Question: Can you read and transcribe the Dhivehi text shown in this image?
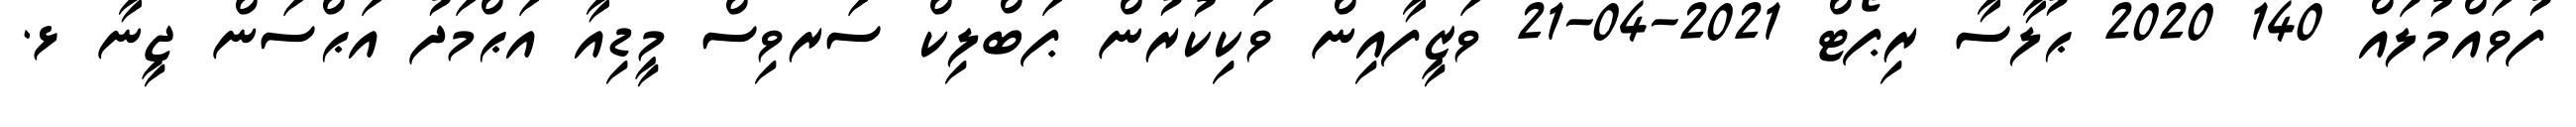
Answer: ފުވައްމުލައް 140 2020 ޙުލާސާ ރިޕޯޓް 2021-04-21 ވަޒީފާއިން ވަކިކުރުން ޕަބްލިކް ސަރވިސް މީޑިއާ އަޙްމަދު އަޙްސަން ޖީނާ ޅ.